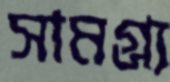
সামগ্র্য